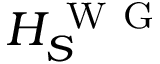
H _ { S } ^ { \mathrm { ~ W ~ G ~ } }